Madras plague regulations in force outside the Presidency town - Volume 2
Disease focus: Plague
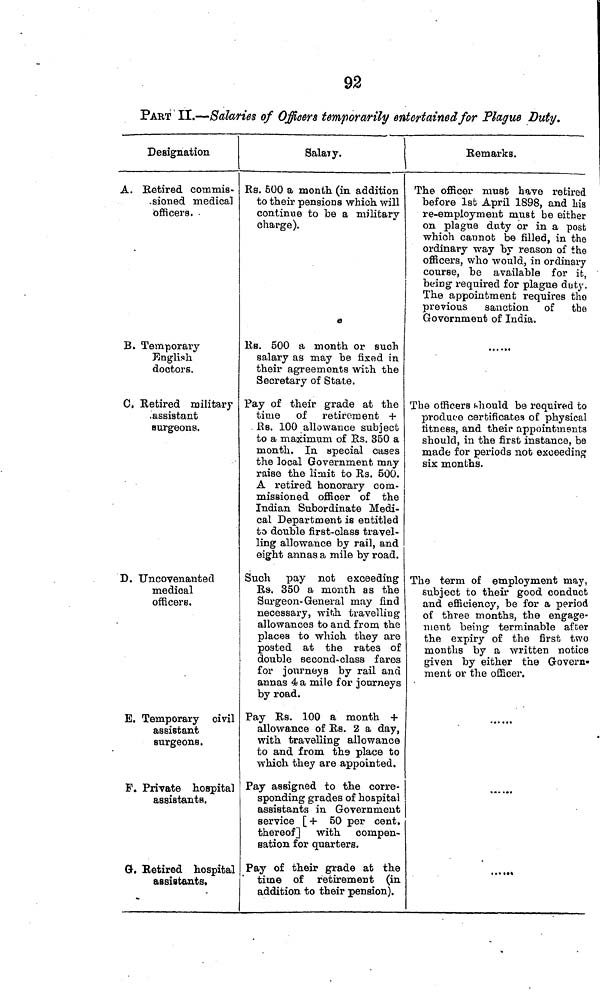
92
PART II.—Salaries of Officers temporarily entertained for Plague Duty.
Designation
A. Retired commis-
sioned medical
officers.
B. Temporary
English.
doctors.
C, Retired military
.assistant
surgeons.
D. Uncovenanted
medical
officers.
E. Temporary civil
assistant
surgeons.
F. Private hospital
assistants.
G. Retired hospital
assistants.
Salary.
Rs. 500 a month (in addition
to their pensions which will
continue to be a military
charge).
Rs. 500 a month or such
salary as may he fixed in
their agreements with the
Secretary of State.
Pay of their grade at the
time of retirement +
Rs. 100 allowance subject
to a maximum of Es. 350 a
month. In special cases
the local Government may
raise the limit to Rs. 500.
A retired honorary com-
missioned officer of the
Indian Subordinate Medi-
cal Department is entitled
to double first-class travel-
ling allowance by rail, and
eight annas a mile by road.
Such pay not exceeding
Rs. 350 a month as the
Surgeon- General may find
necessary, with travelling
allowances to and from the
places to which they are
posted at the rates of
double second-class fares
for journeys by rail and
annas 4 a mile for journeys
by road.
Pay Es. 100 a month +
allowance of Rs. 2 a day,
with travelling allowance
to and from the place to
which they are appointed.
Pay assigned to the corre-
sponding grades of hospital
assistants in Government
service [ + 50 per cent.
thereof
with compen-
sation for quarters.
Pay of their grade at the
time of retirement (in
addition to their pension).
Remarks.
The officer must have retired
before 1st April 1898, and his
re-employment must be either
on plague duty or in a post
which cannot be filled, in the
ordinary way by reason of the
officers, who would, in ordinary
course, be available for it,
being required for plague duty.
The appointment requires the
previous sanction of the
Government of India.
The officers should be required to
produce certificates of physical
fitness, and their appointments
should, in the first instance, be
made for periods not exceeding
six months.
The term of employment may,
subject to their good conduct
and efficiency, be for a period
of three months, the engage-
ment being terminable after
the expiry of the first two
months by a written notice
given by either the Govern-
ment or the officer.